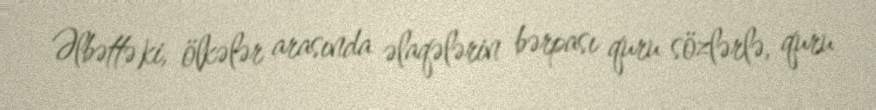
Əlbəttə ki, ölkələr arasında əlaqələrin bərpası quru sözlərlə, quru